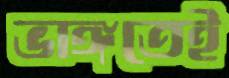
ভাঙ্গতেই